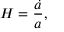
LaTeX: H = { \frac { \dot { a } } { a } } ,